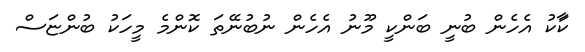
ކާަކު އެހެން ބުނީ ބަންކީ މޫނު އެހެން ނުބުނޭތަ ކޮންމެ މީހަކު ބުންޏަސް